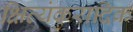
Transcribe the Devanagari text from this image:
क्षित्यंकुरादिक